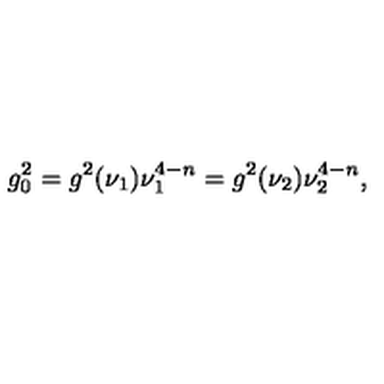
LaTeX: g _ { 0 } ^ { 2 } = g ^ { 2 } ( \nu _ { 1 } ) \nu _ { 1 } ^ { 4 - n } = g ^ { 2 } ( \nu _ { 2 } ) \nu _ { 2 } ^ { 4 - n } ,